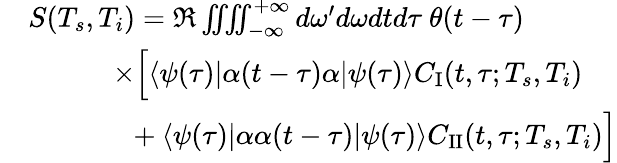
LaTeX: \begin{array}{rl}&{S(T_{s},T_{i})=\Re\iiiint_{-\infty}^{+\infty}d\omega^{\prime}d\omega dtd\tau\ \theta(t-\tau)}\\ &{\qquad\quad\times\Big[\langle\psi(\tau)|\alpha(t-\tau)\alpha|\psi(\tau)\rangle C_{\mathrm{I}}(t,\tau;T_{s},T_{i})}\\ &{\qquad\quad\ \ +\langle\psi(\tau)|\alpha\alpha(t-\tau)|\psi(\tau)\rangle C_{\mathrm{II}}(t,\tau;T_{s},T_{i})\Big]}\end{array}